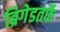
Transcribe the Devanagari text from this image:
ब्रिगेडतर्फे